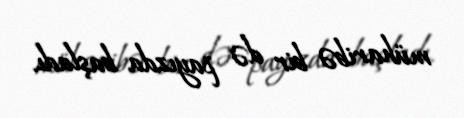
müharibə bir də payızda başladı.